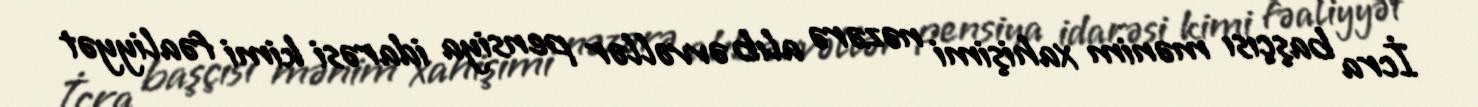
İcra başçısı mənim xahişimi nəzərə alıb əvvəllər pensiya idarəsi kimi fəaliyyət